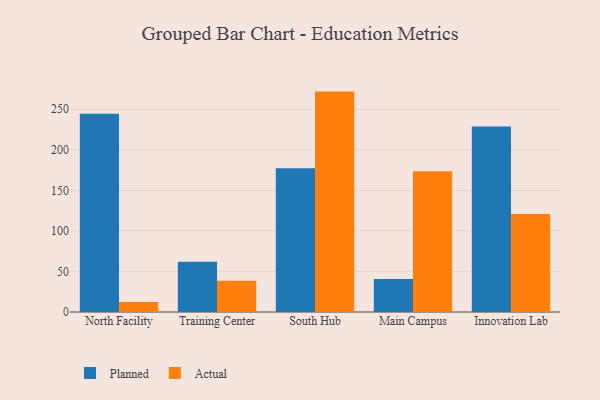
{"axis": {"x": "Campus", "y": "Page Views"}, "legend": ["Actual", "Planned"], "data": [{"x": "North Facility", "y": 244.5, "type": "Planned"}, {"x": "North Facility", "y": 12.4, "type": "Actual"}, {"x": "Training Center", "y": 62.1, "type": "Planned"}, {"x": "Training Center", "y": 38.6, "type": "Actual"}, {"x": "South Hub", "y": 177.3, "type": "Planned"}, {"x": "South Hub", "y": 271.7, "type": "Actual"}, {"x": "Main Campus", "y": 40.7, "type": "Planned"}, {"x": "Main Campus", "y": 173.4, "type": "Actual"}, {"x": "Innovation Lab", "y": 228.7, "type": "Planned"}, {"x": "Innovation Lab", "y": 120.9, "type": "Actual"}]}